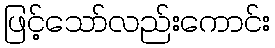
ဖြင့်သော်လည်းကောင်း